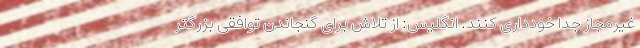
غیرمجاز جدا خودداری کنند. انگلیس: از تلاش برای گنجاندن توافقی بزرگتر